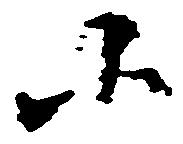
小